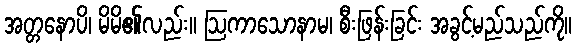
အတ္တနောပိ၊ မိမိ၏လည်း။ ဩကာသောနာမ၊ စီးဖြန်းခြင်း အခွင့်မည်သည်ကို။